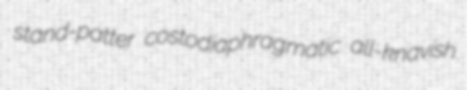
stand-patter costodiaphragmatic all-knavish